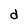
Character: d